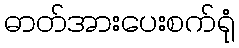
ဓာတ်အားပေးစက်ရုံ